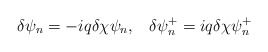
\begin{align*}\delta \psi _n=-iq\delta \chi \psi _n,\;\;\;\delta \psi _n^{+}=iq\delta \chi\psi _n^{+}\end{align*}